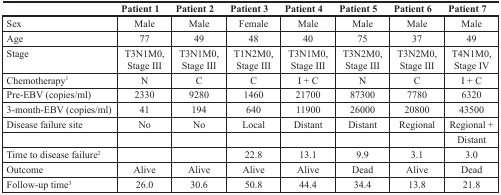
<table><thead><tr><td></td><td><b>Patient 1</b></td><td><b>Patient 2</b></td><td><b>Patient 3</b></td><td><b>Patient 4</b></td><td><b>Patient 5</b></td><td><b>Patient 6</b></td><td><b>Patient 7</b></td></tr></thead><tbody><tr><td>Sex</td><td>Male</td><td>Male</td><td>Female</td><td>Male</td><td>Male</td><td>Male</td><td>Male</td></tr><tr><td>Age</td><td>77</td><td>49</td><td>48</td><td>40</td><td>75</td><td>37</td><td>49</td></tr><tr><td>Stage</td><td>T3N1M0, Stage III</td><td>T3N1M0, Stage III</td><td>T1N2M0, Stage III</td><td>T3N1M0, Stage III</td><td>T3N2M0, Stage III</td><td>T3N2M0, Stage III</td><td>T4N1M0, Stage IV</td></tr><tr><td>Chemotherapy<sup>1</sup></td><td>N</td><td>C</td><td>C</td><td>I + C</td><td>N</td><td>C</td><td>I + C</td></tr><tr><td>Pre-EBV (copies/ml)</td><td>2330</td><td>9280</td><td>1460</td><td>21700</td><td>87300</td><td>7780</td><td>6320</td></tr><tr><td>3-month-EBV (copies/ml)</td><td>41</td><td>194</td><td>640</td><td>11900</td><td>26000</td><td>20800</td><td>43500</td></tr><tr><td>Disease failure site</td><td>No</td><td>No</td><td>Local</td><td>Distant</td><td>Distant</td><td>Regional</td><td>Regional +</td></tr><tr><td></td><td></td><td></td><td></td><td></td><td></td><td></td><td>Distant</td></tr><tr><td>Time to disease failure<sup>2</sup></td><td></td><td></td><td>22.8</td><td>13.1</td><td>9.9</td><td>3.1</td><td>3.0</td></tr><tr><td>Outcome</td><td>Alive</td><td>Alive</td><td>Alive</td><td>Alive</td><td>Dead</td><td>Alive</td><td>Dead</td></tr><tr><td>Follow-up time<sup>3</sup></td><td>26.0</td><td>30.6</td><td>50.8</td><td>44.4</td><td>34.4</td><td>13.8</td><td>21.8</td></tr></tbody></table>